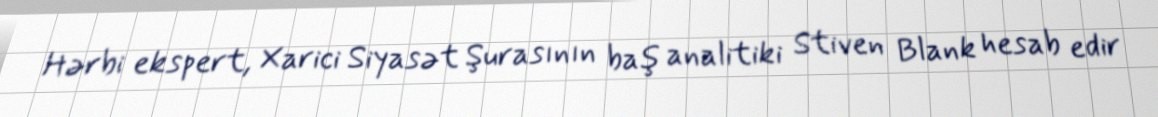
Hərbi ekspert, Xarici Siyasət Şurasının baş analitiki Stiven Blank hesab edir